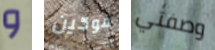
و فوكين وصفتي